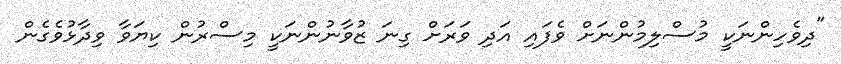
"ދިވެހިންނަކީ މުސްލިމުންނަށް ވެފައި އަދި ވަރަށް ގިނަ ޒުވާނުންނަކީ މިސްރުން ކިޔަވާ ވިދާޅުވެގެން